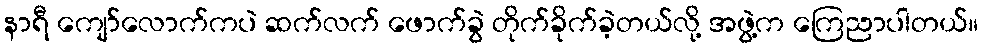
နာရီ ကျော်လောက်ကပဲ ဆက်လက် ဖောက်ခွဲ တိုက်ခိုက်ခဲ့တယ်လို့ အဖွဲ့က ကြေညာပါတယ်။